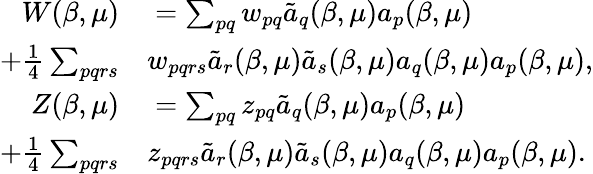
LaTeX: \begin{array}{rl}{W(\beta,\mu)}&{{}=\sum_{pq}w_{pq}\tilde{a}_{q}(\beta,\mu)a_{p}(\beta,\mu)}\\ {+\frac{1}{4}\sum_{pqrs}}&{{}w_{pqrs}\tilde{a}_{r}(\beta,\mu)\tilde{a}_{s}(\beta,\mu)a_{q}(\beta,\mu)a_{p}(\beta,\mu),}\\ {Z(\beta,\mu)}&{{}=\sum_{pq}z_{pq}\tilde{a}_{q}(\beta,\mu)a_{p}(\beta,\mu)}\\ {+\frac{1}{4}\sum_{pqrs}}&{{}z_{pqrs}\tilde{a}_{r}(\beta,\mu)\tilde{a}_{s}(\beta,\mu)a_{q}(\beta,\mu)a_{p}(\beta,\mu).}\end{array}